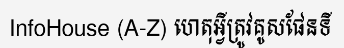
InfoHouse (A-Z) ហេតុអ្វីត្រូវគូសផែនទី